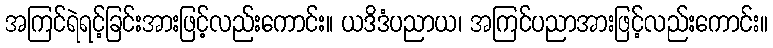
အကြင်ရဲရင့်ခြင်းအားဖြင့်လည်းကောင်း။ ယဒိဒံပညာယ၊ အကြင်ပညာအားဖြင့်လည်းကောင်း။